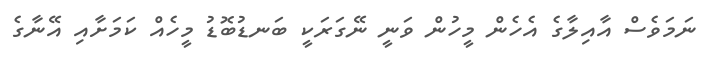
ނަމަވެސް އާއިލާގެ އެހެން މީހުން ވަނީ ނޭގަރަކީ ބަނޑުބޮޑު މީހެއް ކަމަށާއި އޭނާގެ